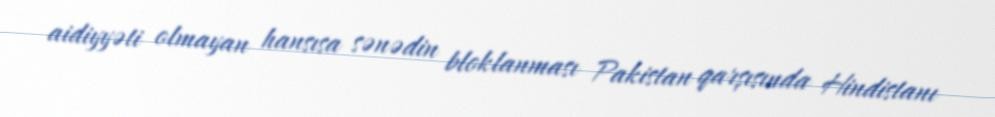
aidiyyəti olmayan hansısa sənədin bloklanması Pakistan qarşısında Hindistanı